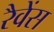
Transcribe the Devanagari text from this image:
रैवेंस